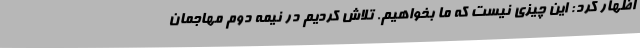
اظهار کرد: این چیزی نیست که ما بخواهیم. تلاش کردیم در نیمه دوم مهاجمان